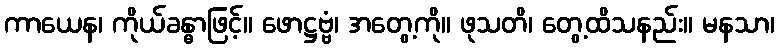
ကာယေန၊ ကိုယ်ခန္ဓာဖြင့်။ ဖောဋ္ဌဗ္ဗံ၊ အတွေ့ကို။ ဖုသတိ၊ တွေ့ထိသနည်း။ မနသာ၊